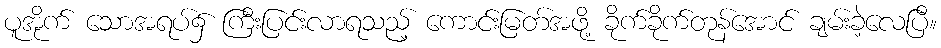
ပူအိုက် သောအရပ်၌ ကြီးပြင်းလာရသည့် ကောင်းမြတ်အဖို့ ခိုက်ခိုက်တုန်အောင် ချမ်းခဲ့လေပြီ။